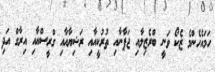
ހަމައެހެންމެ ޒެކޯ ވަނީ ބްރެޒިލާއި ޖަޕާނާއި ތުރުކީއާއި ރަޝިޔާއާއި ގްރީސްއާއި އިރާގް އަދި